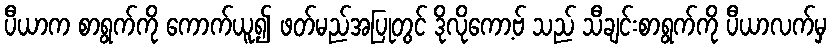
ပီယာက စာရွက်ကို ကောက်ယူ၍ ဖတ်မည်အပြုတွင် ဒိုလိုကော့ဗ် သည် သီချင်းစာရွက်ကို ပီယာလက်မှ